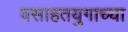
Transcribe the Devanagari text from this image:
वसाहतयुगाच्या